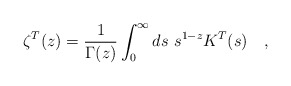
\begin{align*}\zeta^T(z)={1 \over \Gamma(z)} \int_{0}^{\infty}ds~ s^{1-z}K^T(s)~~~,\end{align*}